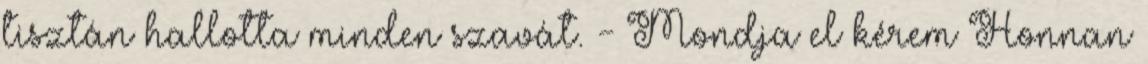
tisztán hallotta minden szavát. - Mondja el kérem Honnan